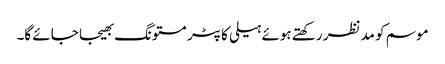
موسم کو مدنظر رکھتے ہوئے ہیلی کاپٹر مستونگ بھیجا جائے گا۔